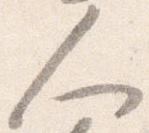
人